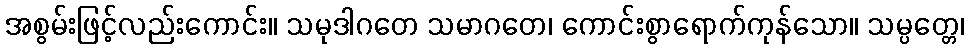
အစွမ်းဖြင့်လည်းကောင်း။ သမုဒါဂတေ သမာဂတေ၊ ကောင်းစွာရောက်ကုန်သော။ သမ္ပတ္တေ၊